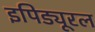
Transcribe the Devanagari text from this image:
इपिड्यूरल